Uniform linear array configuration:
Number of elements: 64
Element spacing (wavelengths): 0.75
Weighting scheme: blackman
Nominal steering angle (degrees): -15
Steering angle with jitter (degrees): -15.213
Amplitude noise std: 0.05
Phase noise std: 0.05

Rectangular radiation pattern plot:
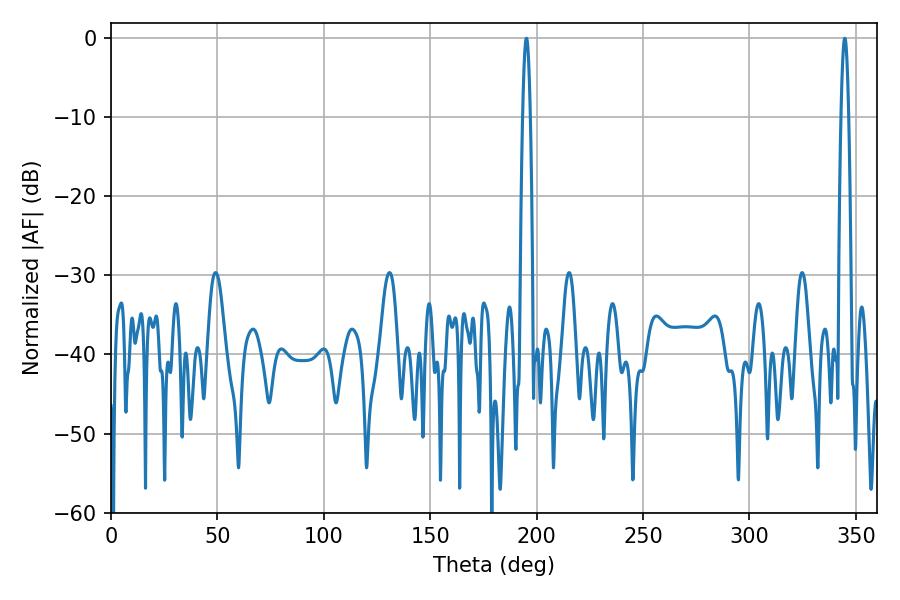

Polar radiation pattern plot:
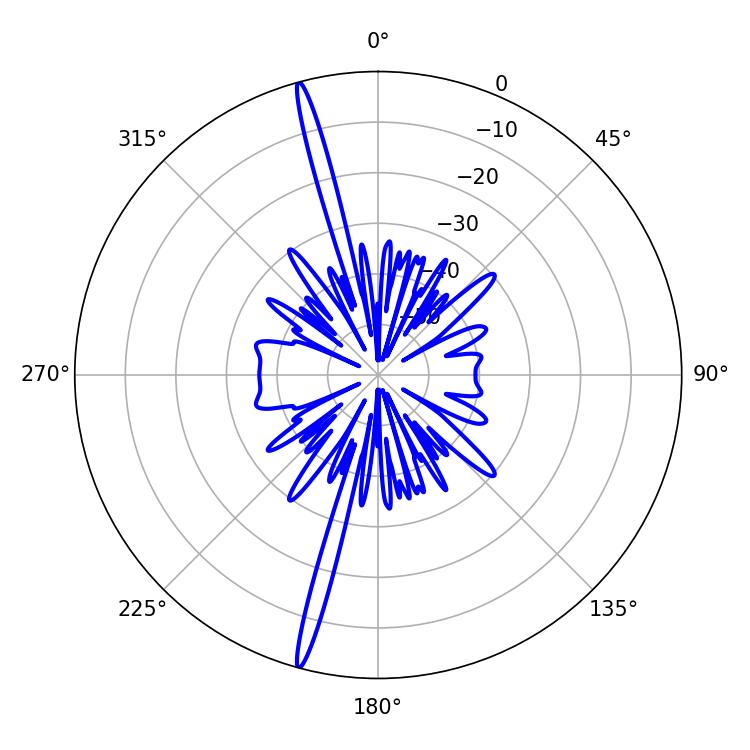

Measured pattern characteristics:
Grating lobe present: TRUE
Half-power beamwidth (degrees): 1.98
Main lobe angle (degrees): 195.12